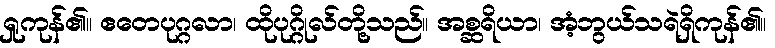
ရှုကုန်၏။ ဧတေပုဂ္ဂလာ၊ ထိုပုဂ္ဂိုလ်တို့သည်။ အစ္ဆရိယာ၊ အံ့ဘွယ်သရဲရှိကုန်၏။